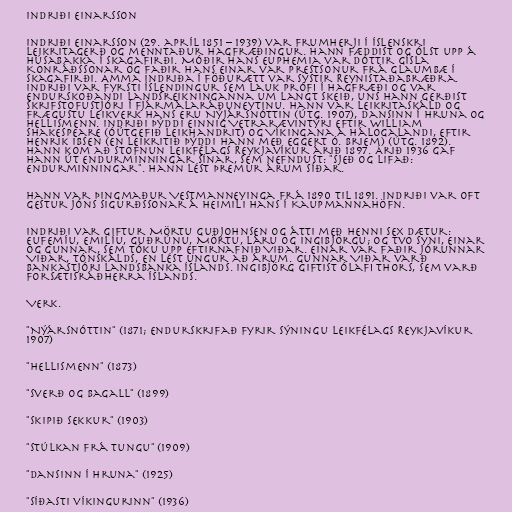
Indriði Einarsson

Indriði Einarsson (29. apríl 1851 – 1939) var frumherji í íslenskri
leikritagerð og menntaður hagfræðingur. Hann fæddist og ólst upp á
Húsabakka í Skagafirði. Móðir hans Euphemia var dóttir Gísla
Konráðssonar og faðir hans Einar var prestsonur frá Glaumbæ í
Skagafirði. Amma Indriða í föðurætt var systir Reynistaðabræðra.
Indriði var fyrsti Íslendingur sem lauk prófi í hagfræði og var
endurskoðandi landsreikninganna um langt skeið, uns hann gerðist
skrifstofustjóri í fjármálaráðuneytinu. Hann var leikritaskáld og
frægustu leikverk hans eru Nýjársnóttin (útg. 1907), Dansinn í Hruna og
Hellismenn. Indriði þýddi einnig Vetrarævintýri eftir William
Shakespeare (óútgefið leikhandrit) og Víkingana á Hálogalandi, eftir
Henrik Ibsen (en leikritið þýddi hann með Eggert Ó. Briem) (útg. 1892).
Hann kom að stofnun Leikfélags Reykjavíkur árið 1897. Árið 1936 gaf
hann út endurminningar sínar, sem nefndust: "Sjeð og lifað:
endurminningar". Hann lést þremur árum síðar.

Hann var þingmaður Vestmanneyinga frá 1890 til 1891. Indriði var oft
gestur Jóns Sigurðssonar á heimili hans í Kaupmannahöfn.

Indriði var giftur Mörtu Guðjohnsen og átti með henni sex dætur:
Eufemíu, Emilíu, Guðrúnu, Mörtu, Láru og Ingibjörgu; og tvo syni, Einar
og Gunnar, sem tóku upp eftirnafnið Viðar. Einar var faðir Jórunnar
Viðar, tónskálds, en lést ungur að árum. Gunnar Viðar varð
bankastjóri Landsbanka Íslands. Ingibjörg giftist Ólafi Thors, sem varð
forsætisráðherra Íslands.

Verk.

"Nýársnóttin" (1871; endurskrifað fyrir sýningu Leikfélags Reykjavíkur
1907)

"Hellismenn" (1873)

"Sverð og bagall" (1899)

"Skipið sekkur" (1903)

"Stúlkan frá Tungu" (1909)

"Dansinn í Hruna" (1925)

"Síðasti víkingurinn" (1936)